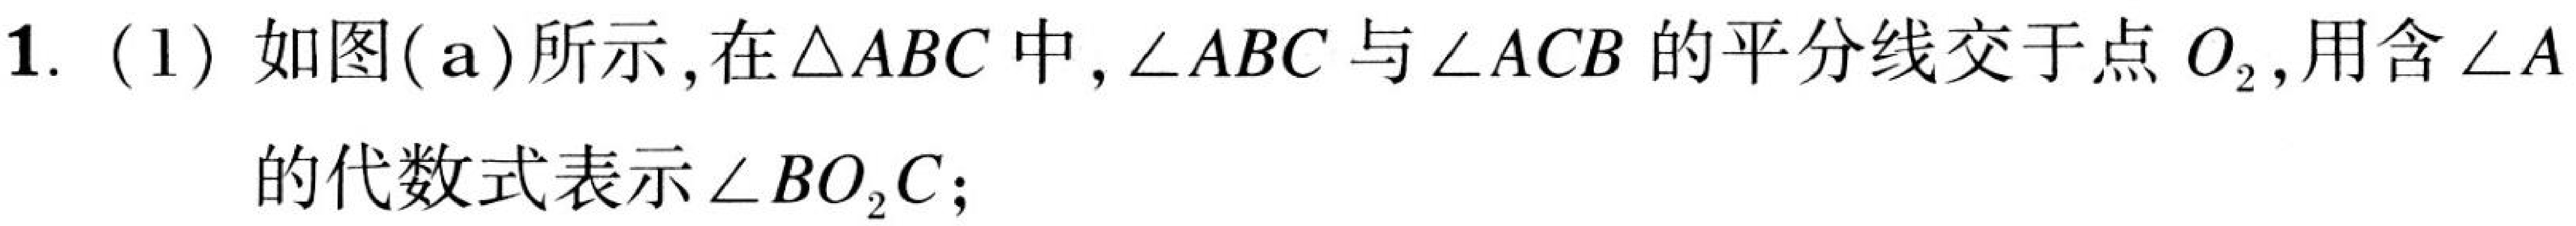
1. (1) 如图(a)所示,在$\triangle ABC$中,$\angle ABC$与$\angle ACB$的平分线交于点$O_{2}$,用含$\angle A$的代数式表示$\angle BO_{2}C$;